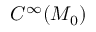
C ^ { \infty } ( M _ { 0 } )